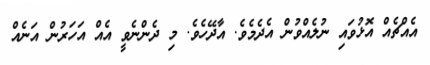
އެއްޗެއް އޮޅުވައި ނުލެއްވުން އެދެމެވެ. އާދޭހެވެ. މި ދެންނެވީ އެއް އަހަރުން އަނެއް